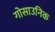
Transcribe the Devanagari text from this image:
गोसाउनिक